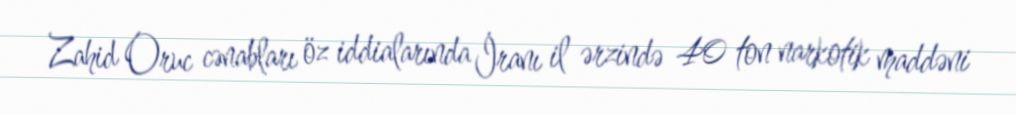
Zahid Oruc cənabları öz iddialarında İranı il ərzində 40 ton narkotik maddəni